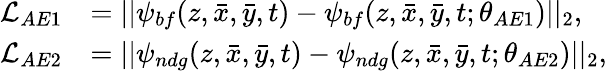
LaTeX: \begin{array}{rl}{\mathcal{L}_{AE1}}&{=||\psi_{bf}(z,\bar{x},\bar{y},t)-\psi_{bf}(z,\bar{x},\bar{y},t;\theta_{AE1})||_{2},}\\ {\mathcal{L}_{AE2}}&{=||\psi_{ndg}(z,\bar{x},\bar{y},t)-\psi_{ndg}(z,\bar{x},\bar{y},t;\theta_{AE2})||_{2},}\end{array}